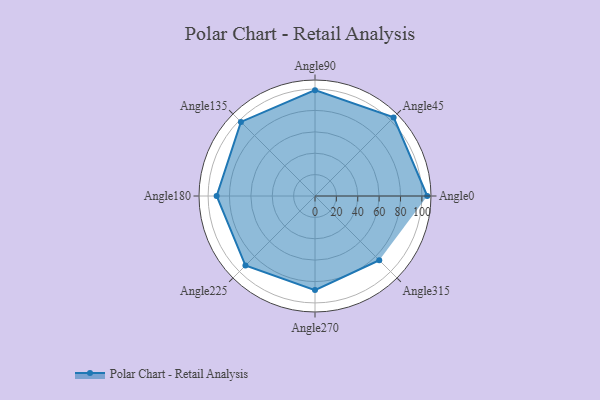
{"axis": {"x": "Angle", "y": "Radius"}, "legend": [""], "data": [{"x": "Angle0", "y": 105.0, "type": ""}, {"x": "Angle45", "y": 104.0, "type": ""}, {"x": "Angle90", "y": 99.0, "type": ""}, {"x": "Angle135", "y": 98.0, "type": ""}, {"x": "Angle180", "y": 92.0, "type": ""}, {"x": "Angle225", "y": 92.0, "type": ""}, {"x": "Angle270", "y": 88.0, "type": ""}, {"x": "Angle315", "y": 85.0, "type": ""}]}